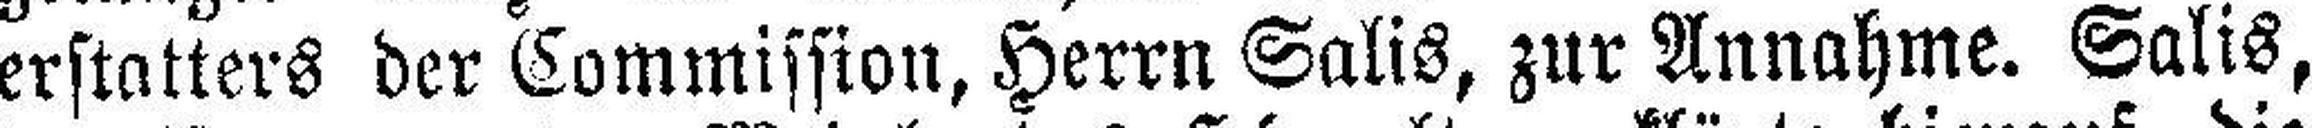
erstatters der Commission, Herrn Salis, zur Annahme. Salis,